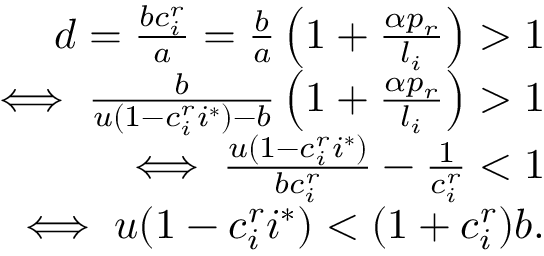
\begin{array} { r } { d = \frac { b c _ { i } ^ { r } } { a } = \frac { b } { a } \left( 1 + \frac { \alpha p _ { r } } { l _ { i } } \right) > 1 } \\ { \iff \frac { b } { u ( 1 - c _ { i } ^ { r } i ^ { * } ) - b } \left( 1 + \frac { \alpha p _ { r } } { l _ { i } } \right) > 1 } \\ { \iff \frac { u ( 1 - c _ { i } ^ { r } i ^ { * } ) } { b c _ { i } ^ { r } } - \frac { 1 } { c _ { i } ^ { r } } < 1 } \\ { \iff u ( 1 - c _ { i } ^ { r } i ^ { * } ) < ( 1 + c _ { i } ^ { r } ) b . } \end{array}